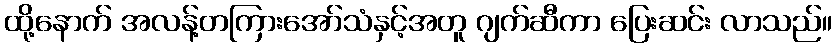
ထို့နောက် အလန့်တကြားအော်သံနှင့်အတူ ဂျက်ဆီကာ ပြေးဆင်း လာသည်။